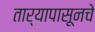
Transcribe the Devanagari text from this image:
तार्‍यापासूनचे